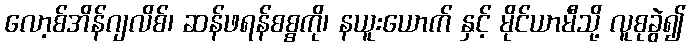
လော့စ်အိန်ဂျလိစ်၊ ဆန်ဖရန်စစ္စကို၊ နယူးယောက် နှင့် မိုင်ယာမီသို့ လူစုခွဲ၍